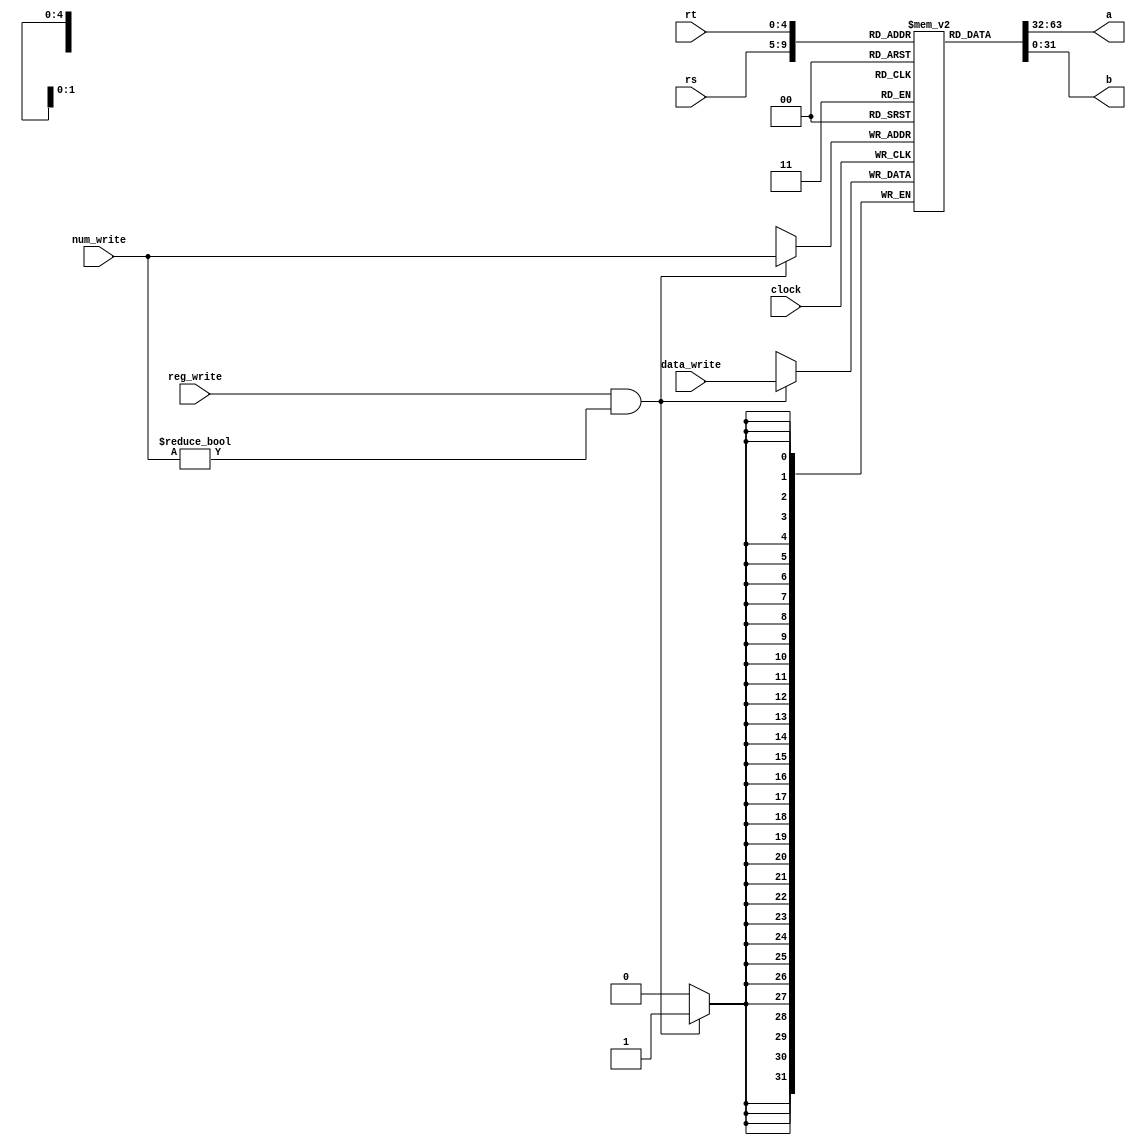
module gpr(a,b,clock,reg_write,num_write,rs,rt,data_write);

    output [31:0] a;  
    output [31:0] b;
    input clock;
    input reg_write;
    input [4:0] rs; //1
    input [4:0] rt; //2
    input [4:0] num_write; //
    input [31:0] data_write; //

    reg [31:0] gp_registers[31:0];  //32
    integer i;

    initial
    begin
        for (i = 0; i < 32; i = i + 1)
            gp_registers[i] = 32'b0;
    end

    assign a = gp_registers[rs];
    assign b = gp_registers[rt];

    always @(posedge clock)
    begin
        if (reg_write == 1 && num_write != 0)
            gp_registers[num_write] <= data_write;
    end

endmodule